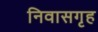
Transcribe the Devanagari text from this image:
निवासगृह